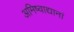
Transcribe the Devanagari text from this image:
अमिष्वाद्यानां